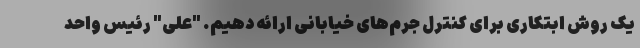
یک روش ابتکاری برای کنترل جرم‌های خیابانی ارائه دهیم. "علی" رئیس واحد